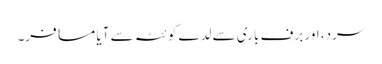
سرد، اور برف باری سے لدے کوئٹہ سے آیا مسافر۔